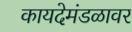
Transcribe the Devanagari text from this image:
कायदेमंडळावर